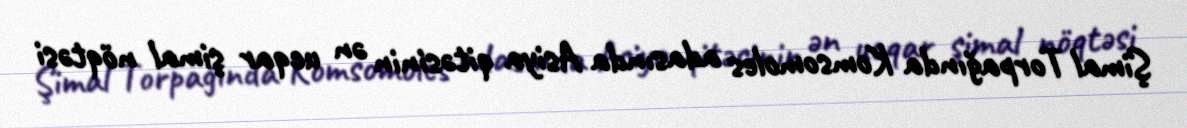
Şimal Torpağında Komsomoles adasında Asiya qitəsinin ən ucqar şimal nöqtəsi